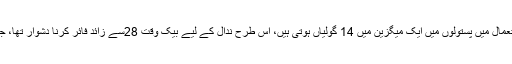
کیونکہ عام طور پر امریکی فوجی استعمال میں پستولوں میں ایک میگزین میں 14 گولیاں ہوتی ہیں، اس طرح ندال کے لیے بیک وقت 28سے زائد فائر کرنا دشوار تھا، جب کہ کم از کم 41افراد گھائل ہوئے ۔